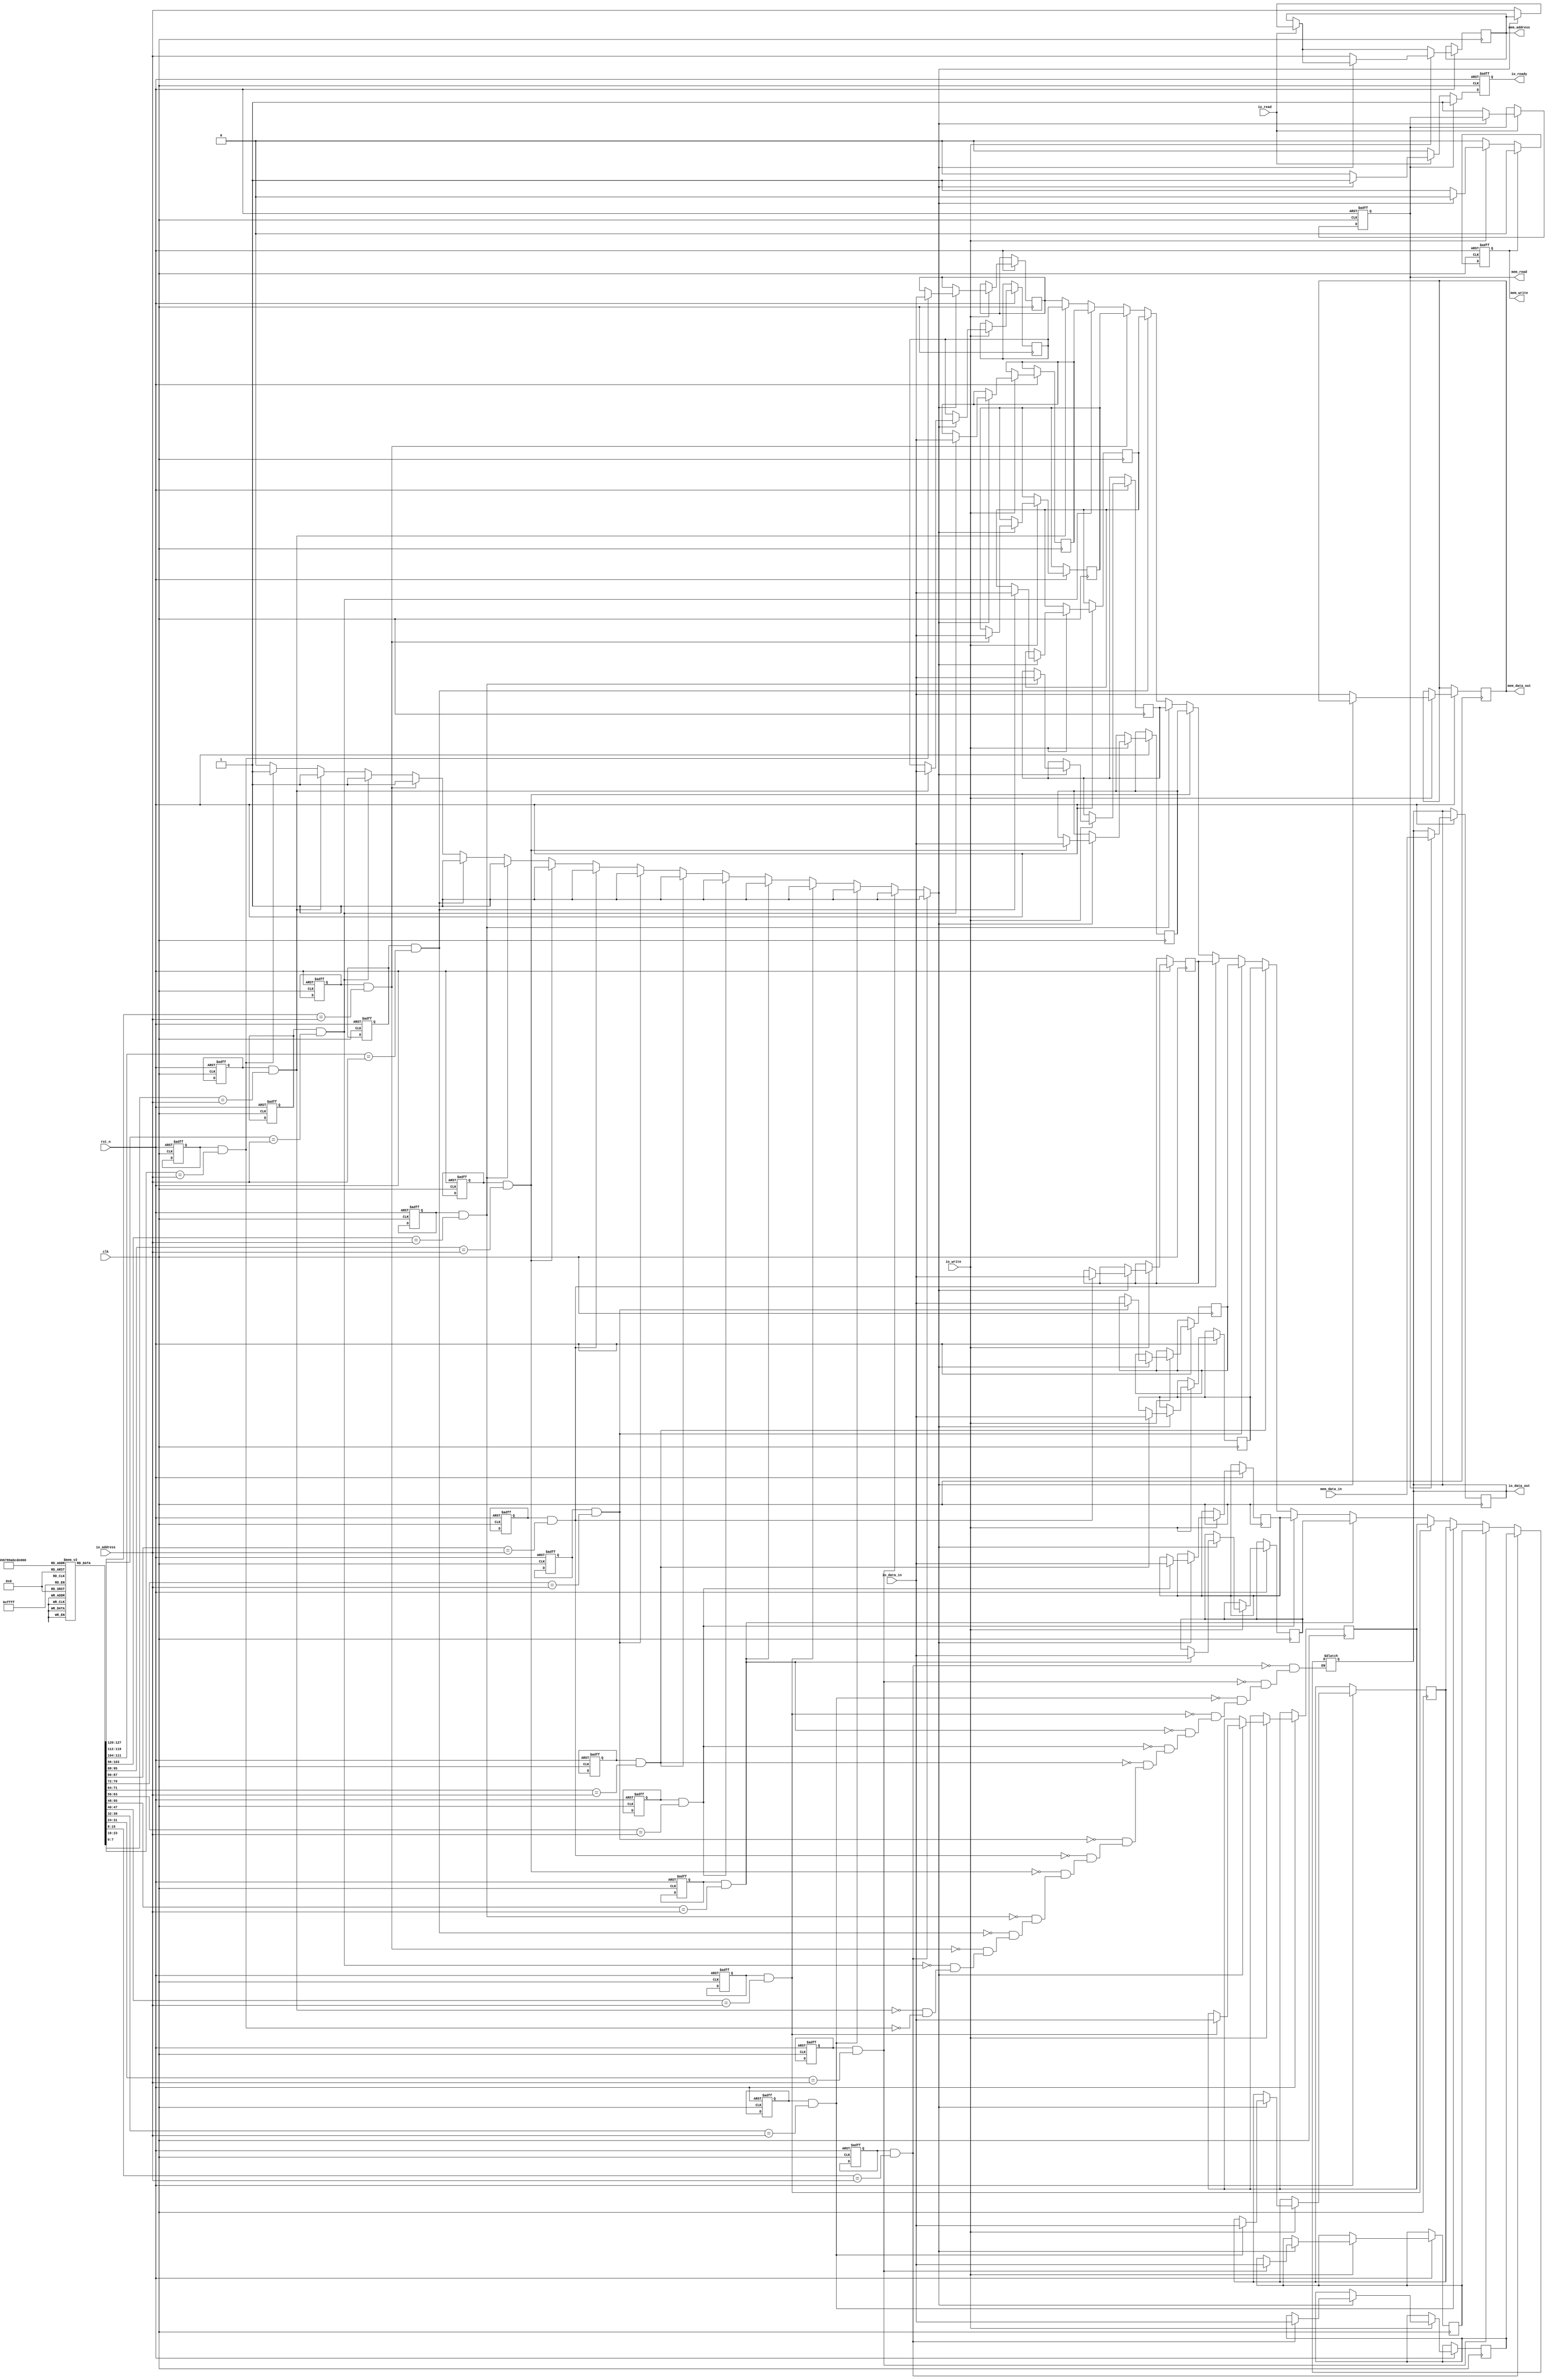
module io_block_with_cache #(
    parameter ADDR_WIDTH = 8,
    parameter DATA_WIDTH = 32,
    parameter CACHE_SIZE = 16
) (
    input wire clk,
    input wire rst_n,
    
    // I/O Interface
    input wire io_read,
    input wire io_write,
    input wire [ADDR_WIDTH-1:0] io_address,
    input wire [DATA_WIDTH-1:0] io_data_in,
    output reg [DATA_WIDTH-1:0] io_data_out,
    output reg io_ready,
    
    // Main Memory Interface
    output reg mem_read,
    output reg mem_write,
    output reg [ADDR_WIDTH-1:0] mem_address,
    output reg [DATA_WIDTH-1:0] mem_data_out,
    input wire [DATA_WIDTH-1:0] mem_data_in
);

// Cache structure
reg [DATA_WIDTH-1:0] cache_data [0:CACHE_SIZE-1];
reg [ADDR_WIDTH-1:0] cache_tag [0:CACHE_SIZE-1];
reg cache_valid [0:CACHE_SIZE-1];
reg cache_dirty [0:CACHE_SIZE-1];

// Cache Controller
reg [ADDR_WIDTH-1:0] current_address;
reg [DATA_WIDTH-1:0] current_data;
reg cache_hit;

integer i;

// Cache lookup
always @* begin
    cache_hit = 0;
    for (i = 0; i < CACHE_SIZE; i = i + 1) begin
        if (cache_valid[i] && (cache_tag[i] == io_address)) begin
            cache_hit = 1;
            io_data_out = cache_data[i];
        end
    end
end

// Read/Write operations
always @(posedge clk or negedge rst_n) begin
    if (!rst_n) begin
        // Reset logic
        for (i = 0; i < CACHE_SIZE; i = i + 1) begin
            cache_valid[i] <= 0;
            cache_dirty[i] <= 0;
        end
        io_ready <= 0;
        mem_read <= 0;
        mem_write <= 0;
    end else begin
        io_ready <= 0;

        // Handle I/O Read
        if (io_read) begin
            if (cache_hit) begin
                io_ready <= 1; // Cache hit, data ready
            end else begin
                // Cache miss, fetch from main memory
                mem_read <= 1;
                mem_address <= io_address;
                current_address <= io_address;
            end
        end

        // Handle I/O Write
        if (io_write) begin
            if (cache_hit) begin
                // Write to cache and mark as dirty
                for (i = 0; i < CACHE_SIZE; i = i + 1) begin
                    if (cache_valid[i] && (cache_tag[i] == io_address)) begin
                        cache_data[i] <= io_data_in;
                        cache_dirty[i] <= 1;
                    end
                end
            end else begin
                // Direct write to memory
                mem_write <= 1;
                mem_address <= io_address;
                mem_data_out <= io_data_in;
            end
        end

        // Memory Read
        if (mem_read) begin
            io_data_out <= mem_data_in;
            io_ready <= 1; // Return data to I/O
            // Store into cache
            // (Implement cache insertion logic)
        end

        // Memory Write
        if (mem_write) begin
            // (Handle completion of write operation)
            mem_write <= 0;
        end
    end
end

endmodule